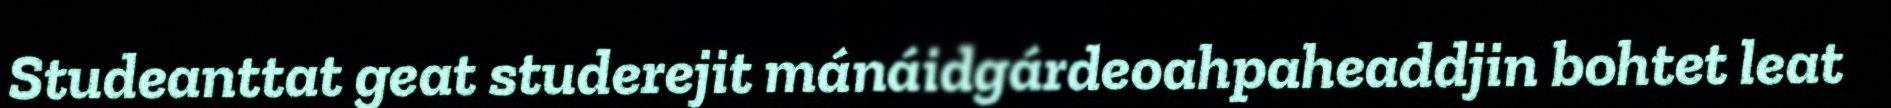
Studeanttat geat studerejit mánáidgárdeoahpaheaddjin bohtet leat